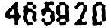
465920